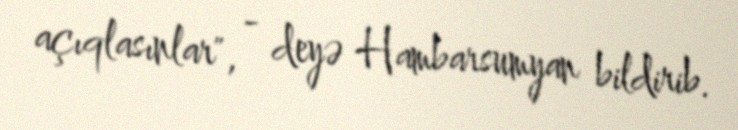
açıqlasınlar", - deyə Hambarsumyan bildirib.